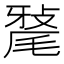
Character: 𭯠